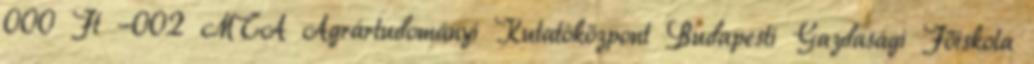
000 Ft -002 MTA Agrártudományi Kutatóközpont Budapesti Gazdasági Főiskola